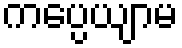
ကပ္ပေယျာမ